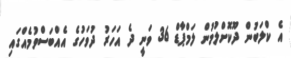
އެ ކްލަބުން ދޫކޮށްލުމުން ލަމްޕާޑް 36 ވަނީ ދެ އަހަރު ދުވަހުގެ އެއްބަސްވުމެއްގައި